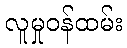
လူမှုဝန်ထမ်း